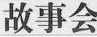
故事会